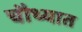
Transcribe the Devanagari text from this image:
चौथ्यात